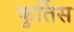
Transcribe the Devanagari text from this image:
कुर्तिस